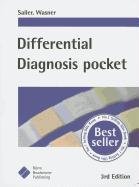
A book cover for Differential Diagnosis Pocket: Clinical Reference Guide (Pocket (Borm Bruckmeier Publishing)); Christian, M.D. Sailer; Medical Books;